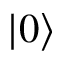
| 0 \rangle